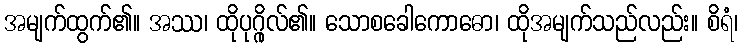
အမျက်ထွက်၏။ အဿ၊ ထိုပုဂ္ဂိုလ်၏။ သောစခေါကောဓော၊ ထိုအမျက်သည်လည်း။ စိရံ၊